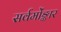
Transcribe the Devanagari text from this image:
सर्वमोंङ्कार